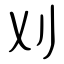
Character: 刈